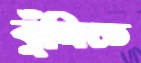
বুঁজিতে